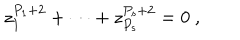
z _ { 1 } ^ { P _ { 1 } + 2 } + \dots + z _ { P _ { s } } ^ { P _ { s } + 2 } = 0 ~ ,